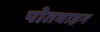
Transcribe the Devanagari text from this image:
पोतवाहन